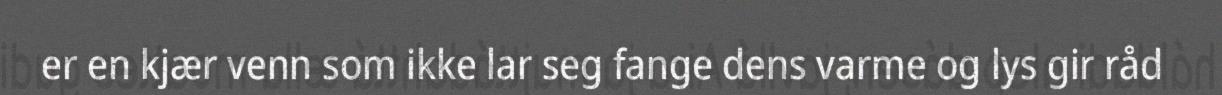
er en kjær venn som ikke lar seg fange dens varme og lys gir råd